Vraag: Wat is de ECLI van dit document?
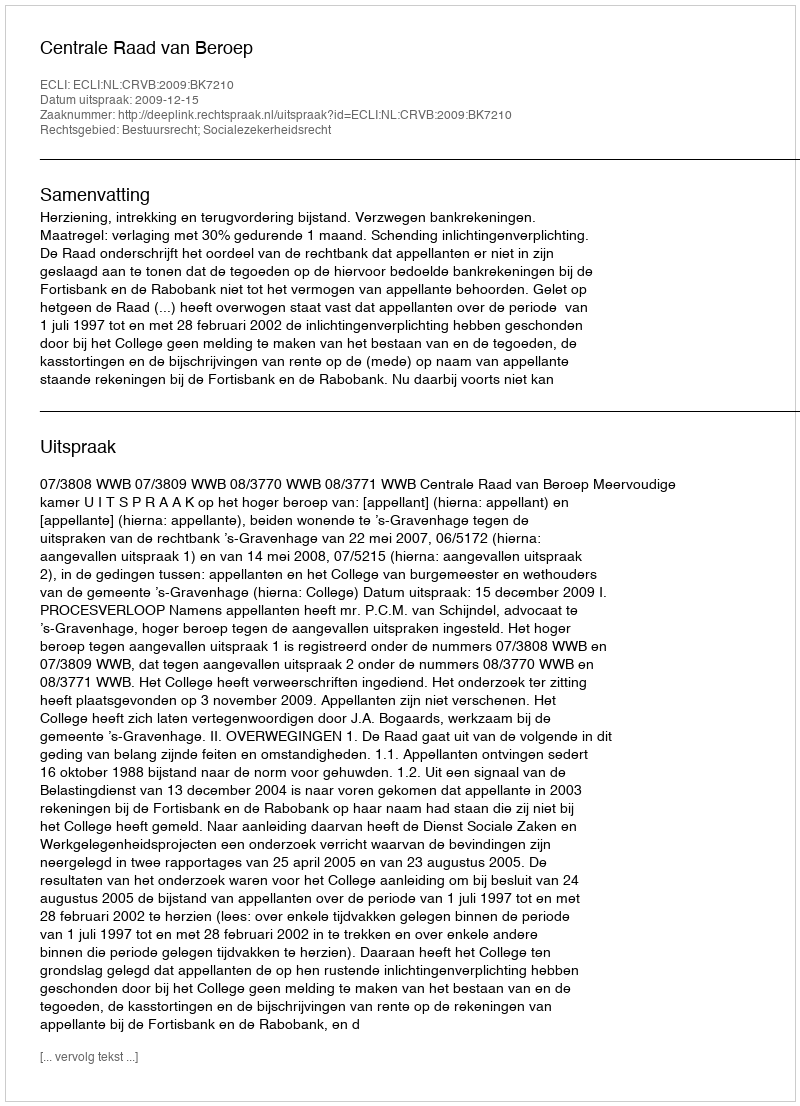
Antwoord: ECLI:NL:CRVB:2009:BK7210